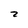
Character: z